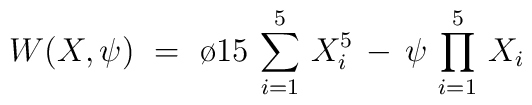
W(X,\psi)~=~\o{1}{5}\,\sum_{i = 1}^{5} \, X_i^5 \, - \,\psi\,\prod_{i=1}^{5} \, X_i